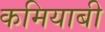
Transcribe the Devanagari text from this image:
कमियाबी